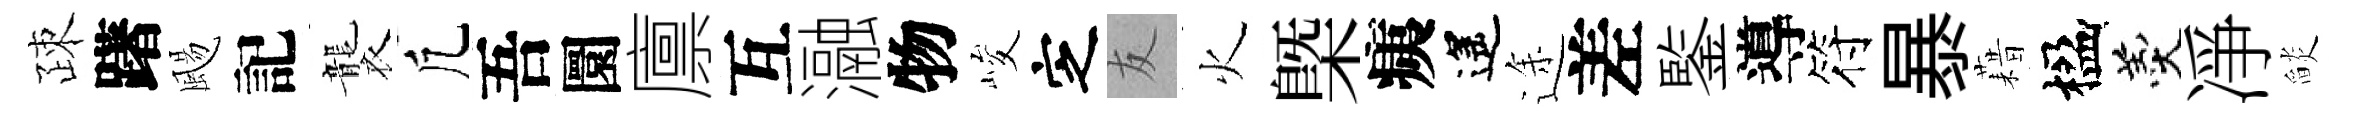
疎躇颺記襲凢吾圜廪互瀜物峻㝎友火槩痍遙途差鍳導符暴藉楹羹凈𦦨